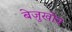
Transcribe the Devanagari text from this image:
बेज़ुखोव